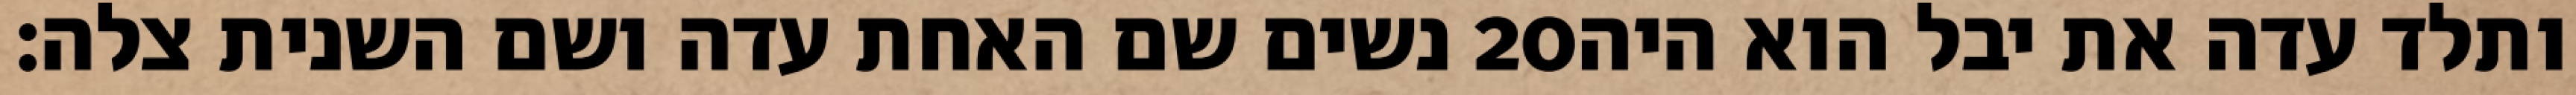
נשים שם האחת עדה ושם השנית צלה׃ ‎20‏ ותלד עדה את יבל הוא היה